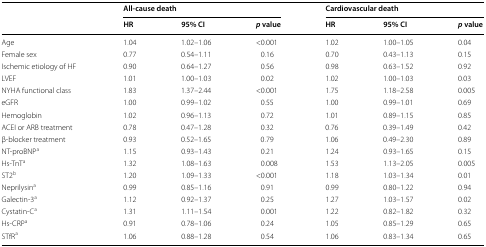
<table><thead><tr><td rowspan="2"></td><td colspan="3"><b>All-cause death</b></td><td colspan="3"><b>Cardiovascular death</b></td></tr><tr><td><b>HR</b></td><td><b>95% CI</b></td><td><b><i>p</i> value</b></td><td><b>HR</b></td><td><b>95% CI</b></td><td><b><i>p</i> value</b></td></tr></thead><tbody><tr><td>Age</td><td>1.04</td><td>1.02–1.06</td><td>&lt;0.001</td><td>1.02</td><td>1.00–1.05</td><td>0.04</td></tr><tr><td>Female sex</td><td>0.77</td><td>0.54–1.11</td><td>0.16</td><td>0.70</td><td>0.43–1.13</td><td>0.15</td></tr><tr><td>Ischemic etiology of HF</td><td>0.90</td><td>0.64–1.27</td><td>0.56</td><td>0.98</td><td>0.63–1.52</td><td>0.92</td></tr><tr><td>LVEF</td><td>1.01</td><td>1.00–1.03</td><td>0.02</td><td>1.02</td><td>1.00–1.03</td><td>0.03</td></tr><tr><td>NYHA functional class</td><td>1.83</td><td>1.37–2.44</td><td>&lt;0.001</td><td>1.75</td><td>1.18–2.58</td><td>0.005</td></tr><tr><td>eGFR</td><td>1.00</td><td>0.99–1.02</td><td>0.55</td><td>1.00</td><td>0.99–1.01</td><td>0.69</td></tr><tr><td>Hemoglobin</td><td>1.02</td><td>0.96–1.13</td><td>0.72</td><td>1.01</td><td>0.89–1.15</td><td>0.85</td></tr><tr><td>ACEI or ARB treatment</td><td>0.78</td><td>0.47–1.28</td><td>0.32</td><td>0.76</td><td>0.39–1.49</td><td>0.42</td></tr><tr><td>β-blocker treatment</td><td>0.93</td><td>0.52–1.65</td><td>0.79</td><td>1.06</td><td>0.49–2.30</td><td>0.89</td></tr><tr><td>NT-proBNP<sup>a</sup></td><td>1.15</td><td>0.93–1.43</td><td>0.21</td><td>1.24</td><td>0.93–1.65</td><td>0.15</td></tr><tr><td>Hs-TnT<sup>a</sup></td><td>1.32</td><td>1.08–1.63</td><td>0.008</td><td>1.53</td><td>1.13–2.05</td><td>0.005</td></tr><tr><td>ST2<sup>b</sup></td><td>1.20</td><td>1.09–1.33</td><td>&lt;0.001</td><td>1.18</td><td>1.03–1.34</td><td>0.01</td></tr><tr><td>Neprilysin<sup>a</sup></td><td>0.99</td><td>0.85–1.16</td><td>0.91</td><td>0.99</td><td>0.80–1.22</td><td>0.94</td></tr><tr><td>Galectin-3<sup>a</sup></td><td>1.12</td><td>0.92–1.37</td><td>0.25</td><td>1.27</td><td>1.03–1.57</td><td>0.02</td></tr><tr><td>Cystatin-C<sup>a</sup></td><td>1.31</td><td>1.11–1.54</td><td>0.001</td><td>1.22</td><td>0.82–1.82</td><td>0.32</td></tr><tr><td>Hs-CRP<sup>a</sup></td><td>0.91</td><td>0.78–1.06</td><td>0.24</td><td>1.05</td><td>0.85–1.29</td><td>0.65</td></tr><tr><td>STfR<sup>a</sup></td><td>1.06</td><td>0.88–1.28</td><td>0.54</td><td>1.06</td><td>0.83–1.34</td><td>0.65</td></tr></tbody></table>